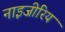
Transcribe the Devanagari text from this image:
नाइजीरिय